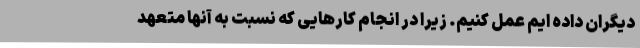
دیگران داده ایم عمل کنیم. زیرا در انجام کارهایی که نسبت به آنها متعهد